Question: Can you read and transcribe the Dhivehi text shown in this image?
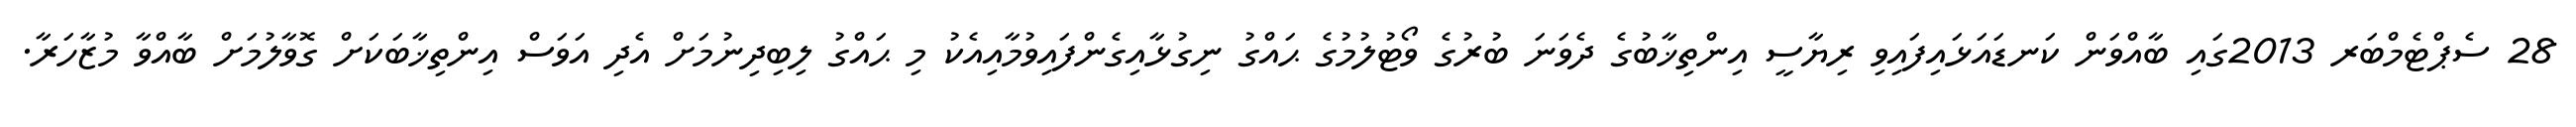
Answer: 28 ސެޕްޓެމްބަރ 2013ގައި ބާއްވަން ކަނޑައަޅައިފައިވި ރިޔާސީ އިންތިޚާބުގެ ދެވަނަ ބުރުގެ ވޯޓުލުމުގެ ޙައްގު ނިގުޅާއިގެންފައިވުމާއިއެކު މި ޙައްގު ލިބިދިނުމަށް އެދި އަވަސް އިންތިޚާބަކަށް ގޮވާލުމަށް ބާއްވާ މުޒާހަރާ.